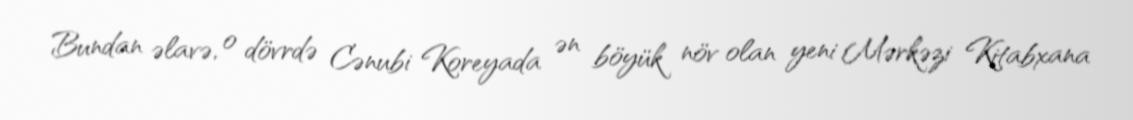
Bundan əlavə, o dövrdə Cənubi Koreyada ən böyük növ olan yeni Mərkəzi Kitabxana